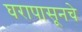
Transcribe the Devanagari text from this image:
घरापासूनचे